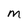
Character: M